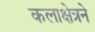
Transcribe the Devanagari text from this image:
कलाक्षेत्रने